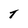
Character: t